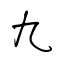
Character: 九